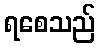
ရစေသည်